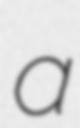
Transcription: a